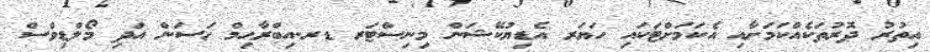
އިތުރު ދޮރުތަކެއްކަމަށާއި އެކަމަށްޓަކައި ހަޔަރ އެޑިޔުކޭޝަން މިނިސްޓަރ ޑރ.އިބްރާޙިމް ހަސަން އަދި މޯލްޑިވްސް